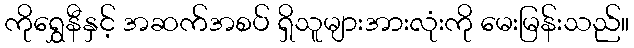
ကိုရွှေနီနှင့် အဆက်အစပ် ရှိသူများအားလုံးကို မေးမြန်းသည်။